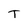
Character: T